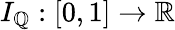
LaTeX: I_{\mathbb{Q}}:[0,1]\to\mathbb{R}